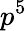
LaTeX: p^{5}